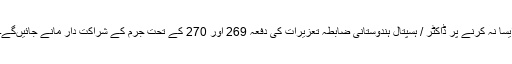
ایسا نہ کرنے پر ڈاکٹر / ہسپتال ہندوستانی ضابطہ تعزیرات کی دفعہ 269 اَور 270 کے تحت جرم کے شراکت دار مانے جائیں‌گے۔